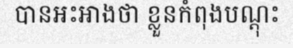
បានអះអាងថា ខ្លួនកំពុងបណ្តុះ